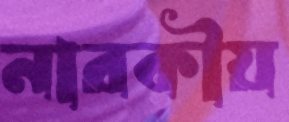
নারকীয়